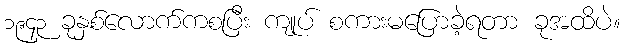
၁၉၄၃ ခုနှစ်လောက်ကစပြီး ကျုပ် စကားမပြောခဲ့ရတာ ခုအထိပဲ။